Lunatic asylums Bombay report 1878-1890 - 1878-1890
Year: 1878
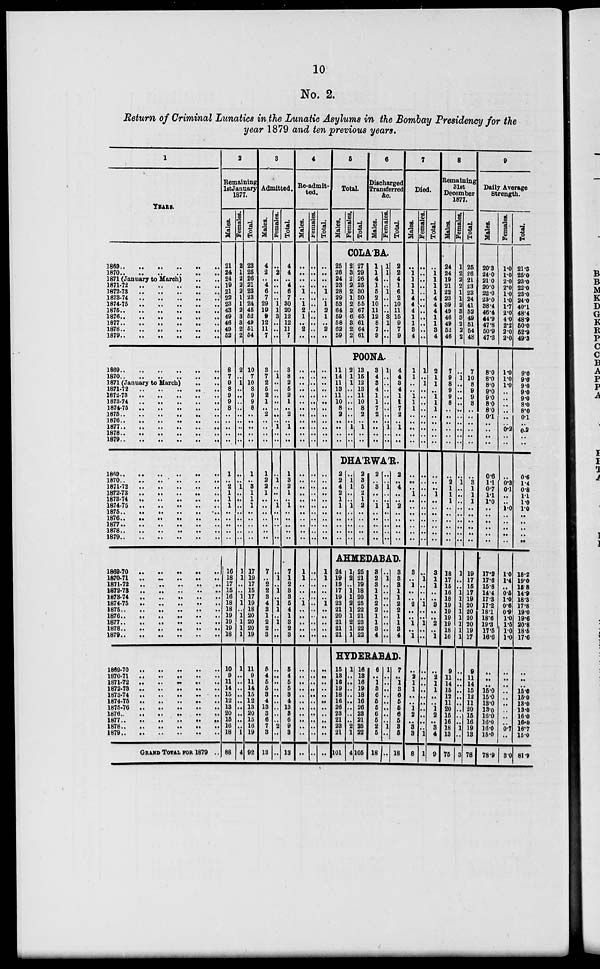
10
No. 2.
Return of Criminal Lunatics in the Lunatic Asylums in the Bombay Presidency for the
year 1879 and ten previous years.
1
YEARS.
1869
..
..
..
..
..
..
1870 .. .. .. .. .. ..
1871 (January to March)
..
..
1871-72 .. .. .. .. ..
1872-73 .. .. .. .. ..
1873-74 .. .. .. .. ..
1874-75 .. .. .. .. ..
1875 .. .. .. .. .. ..
1876 .. .. .. .. .. ..
1877 .. .. .. .. .. ..
1878 .. .. .. .. .. ..
1879 .. .. .. .. .. ..
1869 .. .. .. .. .. ..
1870 .. .. .. .. .. ..
1871 (January to March) .. ..
1871-72 .. .. .. .. ..
1872-73 .. .. .. .. ..
1873-74 .. .. .. .. ..
1874-75 .. .. .. .. ..
1875 .. .. .. .. .. ..
1876
..
..
..
..
..
..
1877 .. .. .. .. .. ..
1878
..
..
..
..
..
..
1879 .. .. .. .. .. ..
1869
..
..
..
..
..
..
1870 .. .. .. .. .. ..
1871-72 .. .. .. .. ..
1872-73 .. .. .. .. ..
1873-74 .. .. .. .. ..
1874-75 .. .. .. .. ..
1875 .. .. .. .. .. ..
1876 .. .. .. .. .. ..
1877 .. .. .. .. .. ..
1878 .. .. .. .. .. ..
1879 .. .. .. .. .. ..
1869-70 .. .. .. .. ..
1870-71 .. .. .. .. ..
1871-72 .. .. .. .. ..
1872-73
..
..
..
..
..
1873-74 .. .. .. .. ..
1874-75 .. .. .. .. ..
1875 .. .. .. .. .. ..
1876 .. .. .. .. .. ..
1877 .. .. .. .. .. ..
1878 .. .. .. .. .. ..
1879 .. .. .. .. .. ..
1869-70 .. .. .. .. ..
1870-71 .. .. .. .. ..
1871-72
..
..
..
..
..
1872-73 .. .. .. .. ..
1873-74 .. .. .. .. ..
1874-75 .. .. .. .. ..
1875 .. .. .. .. .. ..
1876
..
..
..
..
..
..
1877 .. .. .. .. .. ..
1878 .. .. .. .. .. ..
1879 .. .. .. .. .. ..
GRAND TOTAL FOR 1879 ..
2
Remaining
1st January
1877.
Males.
21
24
24
19
21
22
23
43
49
46
49
52
8
7
9
8
9
9
8
..
..
..
..
..
1
..
2
1
1
1
..
..
..
..
..
16
18
17
15
16
18
18
19
19
19
18
10
9
11
14
15
12
13
20
15
16
18
88
Females.
2
1
2
2
2
1
1
2
8
8
2
2
2
..
1
..
..
..
..
..
..
..
..
..
..
..
1
..
..
..
..
..
..
..
..
1
1
..
..
1
1
..
1
1
1
1
1
..
..
..
..
..
..
..
..
..
1
4
Total
23
25
26
21
23
23
24
45
52
49
51
54
10
7
10
8
9
9
8
..
..
..
..
..
1
..
3
1
1
1
..
..
..
..
..
17
19
17
15
17
19
18
20
20
20
19
11
9
11
14
15
12
13
20
15
16
19
92
3
Admitted.
Males.
4
2
..
4
6
7
29
19
9
12
11
7
3
7
2
5
2
1
..
2
..
..
..
..
1
2
2
1
..
..
..
..
..
..
..
7
..
2
2
3
4
3
1
2
2
3
5
4
5
5
3
4
13
3
6
7
3
18
Females.
..
2
..
..
..
..
1
1
3
..
..
..
..
1
..
..
..
..
..
..
..
1
..
..
..
1
..
..
..
1
..
..
..
..
..
..
1
..
1
..
1
1
..
1
..
..
..
..
..
..
..
..
..
..
..
2
..
..
Total.
4
4
..
4
6
7
30
20
12
12
11
7
3
8
2
5
2
1
..
2
..
1
..
..
1
3
2
1
..
1
..
..
..
..
..
7
1
2
3
3
5
4
1
3
2
3
5
4
5
5
3
4
13
3
6
9
3
18
4
Re-admit-
ted.
Males.
..
..
..
..
1
..
1
2
1
..
2
..
..
..
..
..
..
..
..
..
..
..
..
..
..
..
..
..
..
..
..
..
..
..
..
1
1
..
..
..
1
..
..
..
..
..
..
..
..
..
..
..
..
..
..
..
..
..
Females.
..
..
..
..
..
..
..
..
..
..
..
..
..
..
..
..
..
..
..
..
..
..
..
..
..
..
..
..
..
..
..
..
..
..
..
..
..
..
..
..
..
..
..
..
..
..
..
..
..
..
..
..
..
..
..
..
..
..
Total.
..
..
..
..
1
..
1
2
1
..
2
..
..
..
..
..
..
..
..
..
..
..
..
..
..
..
..
..
..
..
..
..
..
..
..
1
1
..
..
..
1
..
..
..
..
..
..
..
..
..
..
..
..
..
..
..
..
..
5
Total.
Males.
Females.
Total.
6
Discharged
Transferred
&c.
Males.
Females.
Total.
COLABA.
25
26
24
23
28
29
53
64
59
68
62
59
2
3
2
2
2
1
2
3
6
8
2
2
27
29
26
25
30
30
55
67
65
61
64
61
1
1
4
1
5
2
10
11
12
8
7
9
1
1
..
..
1
..
..
..
3
1
..
..
2
2
4
1
6
2
10
11
15
9
7
9
POONA.
11
14
11
13
11
10
8
2
..
..
..
..
2
1
1
..
..
..
..
..
..
1
..
..
13
15
12
13
11
10
8
2
..
1
..
..
3
4
3
4
1
1
7
2
..
..
..
..
1
..
..
..
..
..
..
..
..
1
..
..
4
4
3
4
1
1
7
2
..
1
..
..
DHARWAR.
2
2
4
2
1
1
..
..
..
..
..
..
1
1
..
..
1
..
..
..
..
..
2
3
5
2
1
2
..
..
..
..
..
2
..
3
..
..
1
..
..
..
..
..
..
..
1
..
..
1
..
..
..
..
..
2
..
4
..
..
2
..
..
..
..
..
AHMEDABAD.
24
19
19
17
19
23
21
20
21
21
21
1
2
..
1
1
2
1
1
2
1
1
25
21
19
18
20
25
22
21
23
22
22
3
2
3
1
1
2
2
1
1
3
4
..
1
..
..
..
..
..
..
..
..
..
3
3
3
1
1
2
2
1
1
3
4
HYDERABAD.
15
18
16
19
18
16
26
23
21
23
21
101
1
..
..
..
..
..
..
..
..
2
1
4
16
18
16
19
18
16
26
23
21
25
22
105
6
..
1
8
6
5
5
6
5
2
5
18
1
..
..
..
..
..
..
..
..
1
..
..
7
..
1
8
6
5
5
6
5
3
5
18
7
Died.
Males.
..
1
1
1
1
4
4
4
1
1
8
4
1
1
..
..
1
1
1
..
..
..
..
..
..
..
..
1
..
..
..
..
..
..
..
3
..
1
..
..
2
..
..
1
..
1
..
2
1
1
..
..
1
2
..
3
3
8
Fe ma l
e s .
..
..
..
..
..
..
..
..
..
..
..
..
1
..
1
..
..
..
..
..
..
..
..
..
..
..
..
..
..
..
..
..
..
..
..
..
1
..
..
..
1
..
..
1
..
..
..
..
..
..
..
..
..
..
..
..
1
1
Total.
..
1
1
1
1
4
4
4
1
1
8
4
2
1
1
..
1
1
1
..
.. ..
.. ..
..
..
..
1
..
..
..
..
..
..
..
3
1
1
..
..
3
..
..
2
..
1
..
2
1
1
..
..
1
2
..
3
4
9
8
Remaining
3l8t
December
1877.
Males.
24
24
19
21
22
23
39
49
46
49
52
46
7
9
8
9
9
8
..
..
..
..
..
..
..
2
1
1
1
..
..
..
..
..
..
18
17
15
16
18
19
19
19
19
18
16
9
11
14
15
12
11
20
15
16
18
13
75
Females.
1
2
2
2
1
1
2
3
3
2
2
2
..
1
..
..
..
..
..
..
..
..
..
..
..
1
..
..
..
..
..
..
..
..
..
1
..
..
1
1
1
1
1
1
1
1
..
..
..
..
..
..
..
..
..
1
..
3
Total.
25
26
21
23
23
24
41
52
49
51
54
48
7
10
8
9
9
8
..
..
..
..
..
..
..
3
1
1
1
..
..
..
..
..
..
19
17
15
17
19
20
20
20
20
19
17
9
11
14
15
12
11
20
15
16
19
13
78
9
Daily Average
Strength.
Males.
20.3
24.0
21.0
20.0
22.0
23.0
38.4
46.4
44.9
47.8
50.9
47.3
8.0
8.0
8.0
9.0
9.0
8.0
8.0
0.1
..
..
..
..
0.6
1.1
0.7
1.1
1.0
..
..
..
..
..
..
17.2
17.6
15.8
14.4
17.8
17.2
18.1
18.6
19.3
17.5
16.6
..
..
..
15.0
15.0
13.0
13.0
16.0
16.0
16.0
15.0
78.9
Females.
1.0
1.0
2.0
2.0
1.0
1.0
1.7
2.0
4.0
2.2
2.0
2.0
1.0
1.0
1.0
..
..
..
..
..
..
0.2
..
..
..
0.3
0.1
..
..
1.0
..
..
..
..
..
1.0
1.4
..
0.5
1.0
0.6
0.9
1.0
1.5
1.0
1.0
..
..
..
..
..
..
..
..
..
0.7
..
3.0
Total.
21.3
25.0
23.0
22.0
23.0
24.0
40.1
48.4
48.9
50.0
52.9
49.3
9.0
9.0
9.0
9.0
9.0
8.0
8.0
0.1
..
0.2
..
..
0.6
1.4
08
1.1
1.0
1.0
..
..
..
..
..
18.2
19.0
15.8
14.9
18.8
17.8
19.0
19.6
20.8
18.6
17.6
..
..
..
15.0
15.0
13.0
13.0
16.0
16.0
16.7
15.0
81.9